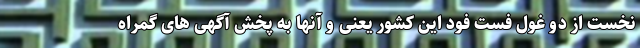
نخست از دو غول فست فود این کشور یعنی و آنها به پخش آگهی های گمراه